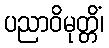
ပညာဝိမုတ္တိံ၊